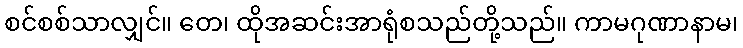
စင်စစ်သာလျှင်။ တေ၊ ထိုအဆင်းအာရုံစသည်တို့သည်။ ကာမဂုဏာနာမ၊